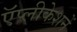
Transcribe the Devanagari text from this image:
ऍप्लीकेशनें